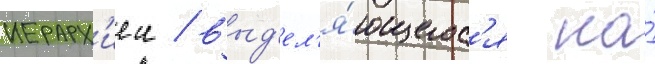
иерарх'иеи / выд'ел'я́ющегос'я на́